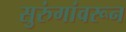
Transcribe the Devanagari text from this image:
सुरुंगांवरून